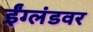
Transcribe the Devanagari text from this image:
ईंग्लंडवर